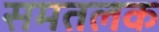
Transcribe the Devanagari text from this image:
समतलक